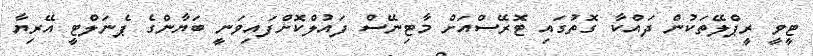
ޓީވީ ރީޕްލޭތަކުން ދައްކާ ގޮތުގައި ޓޮރޭސްއަށް މާޓިނޭސް ފައުލްކޮށްފައިވަނީ ބަޔާންގެ ޕެނަލްޓީ އޭރިޔާ